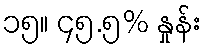
၁၅။ ၄၅.၅% နှုန်း